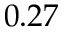
0 . 2 7